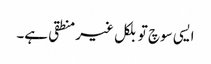
ایسی سوچ تو بلکل غیر منطقی ہے۔